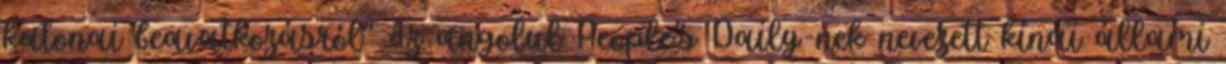
katonai beavatkozásról" Az angolul People's Daily-nek nevezett kínai állami